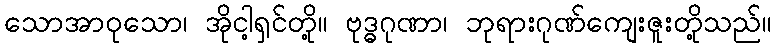
သောအာဝုသော၊ အိုငါ့ရှင်တို့။ ဗုဒ္ဓဂုဏာ၊ ဘုရားဂုဏ်ကျေးဇူးတို့သည်။